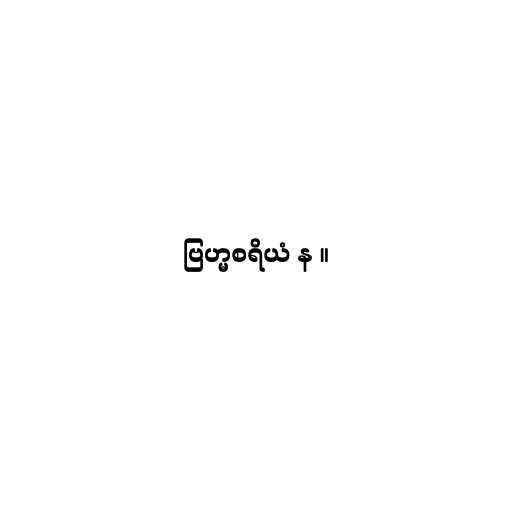
ဗြဟ္မစရိယံ န ။